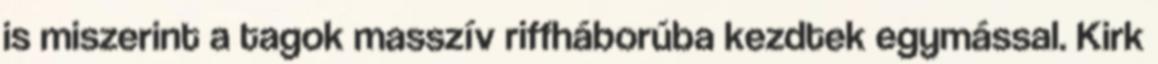
is miszerint a tagok masszív riffháborúba kezdtek egymással. Kirk